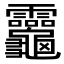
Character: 𪛈